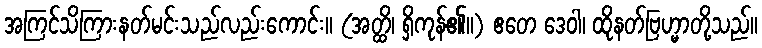
အကြင်သိကြားနတ်မင်းသည်လည်းကောင်း။ (အတ္ထိ၊ ရှိကုန်၏။) ဧတေ ဒေဝါ၊ ထိုနတ်ဗြဟ္မာတို့သည်။